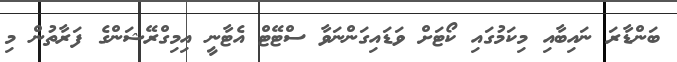
ބަންޑާރަ ނައިބާއި މިކަމުގައި ކޯޓަށް ވަޑައިގަންނަވާ ސްޓޭޓް އެޓާނީ އިމިގްރޭޝަންގެ ފަރާތުން މި